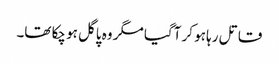
قاتل رہا ہو کر آگیا مگر وہ پاگل ہو چکا تھا۔